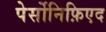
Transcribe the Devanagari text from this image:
पेर्सोनिफ़िएद